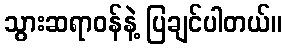
သွားဆရာဝန်နဲ့ ပြချင်ပါတယ်။